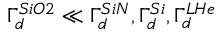
\Gamma _ { d } ^ { S i O 2 } \ll \Gamma _ { d } ^ { S i N } , \Gamma _ { d } ^ { S i } , \Gamma _ { d } ^ { L H e }